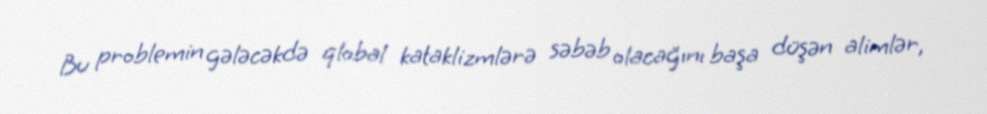
Bu problemin gələcəkdə qlobal kataklizmlərə səbəb olacağını başa düşən alimlər,